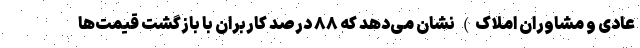
عادی و مشاوران املاک) نشان می‌دهد که ۸۸ درصد کاربران با بازگشت قیمت‌ها